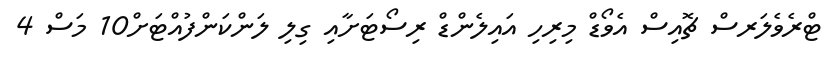
ޓްރެވެލަރސް ޗޮއިސް އެވޯޑް މިރިހި އައިލެންޑް ރިސޯޓަށާއި ގިލި ލަންކަންފުއްޓަށް10 މަސް 4